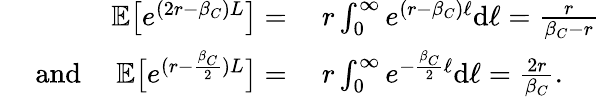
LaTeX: \begin{array}{rl}{{\mathbb{E}}\big[e^{(2r-\beta_{C})L}\big]=}&{\ r\int_{0}^{\infty}e^{(r-\beta_{C})\ell}\textup{d}\ell=\frac{r}{\beta_{C}-r}}\\ {\quad\mathrm{~and~}\quad{\mathbb{E}}\big[e^{(r-\frac{\beta_{C}}{2})L}\big]=}&{\ r\int_{0}^{\infty}e^{-\frac{\beta_{C}}{2}\ell}\textup{d}\ell=\frac{2r}{\beta_{C}}.}\end{array}